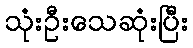
သုံးဦးသေဆုံးပြီး